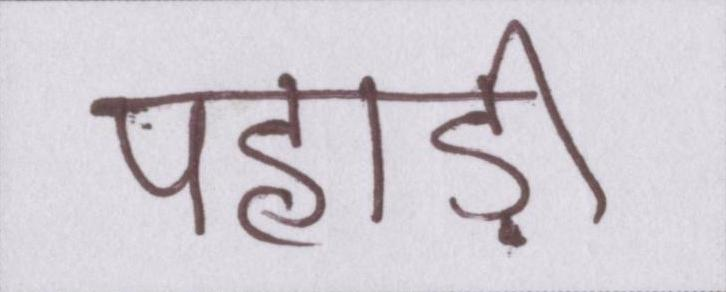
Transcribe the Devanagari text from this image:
पहाड़ी